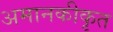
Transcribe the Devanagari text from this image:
अमानकीकृत